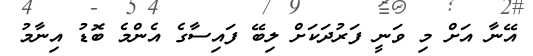
އޭނާ އަށް މި ވަނީ ފަރުދަކަށް ލިބޭ ފައިސާގެ އެންމެ ބޮޑު އިނާމު